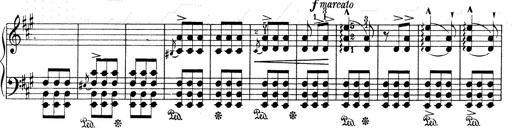
Title: Mephisto Waltz No.1
Composer: Franz Liszt